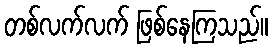
တစ်လက်လက် ဖြစ်နေကြသည်။